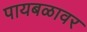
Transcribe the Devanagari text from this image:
पायबळावर